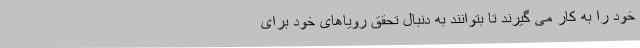
خود را به کار می گیرند تا بتوانند به دنبال تحقق رویاهای خود برای